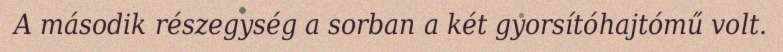
A második részegység a sorban a két gyorsítóhajtómű volt.